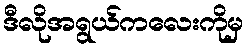
ဒီလိုအရွယ်ကလေးကိုမှ